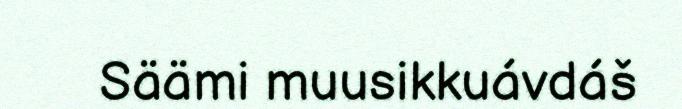
Säämi muusikkuávdáš